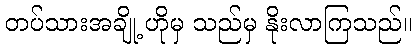
တပ်သားအချို့ ဟိုမှ သည်မှ နိုးလာကြသည်။